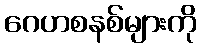
ဂေဟစနစ်များကို